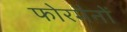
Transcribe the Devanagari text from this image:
फोरमैनाें